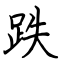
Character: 跌